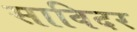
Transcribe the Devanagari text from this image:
साविदर